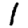
Digit: 1